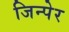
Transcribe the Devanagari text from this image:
जिन्पेर